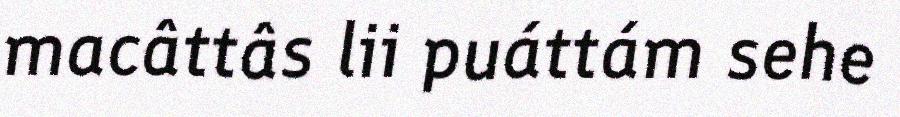
macâttâs lii puáttám sehe